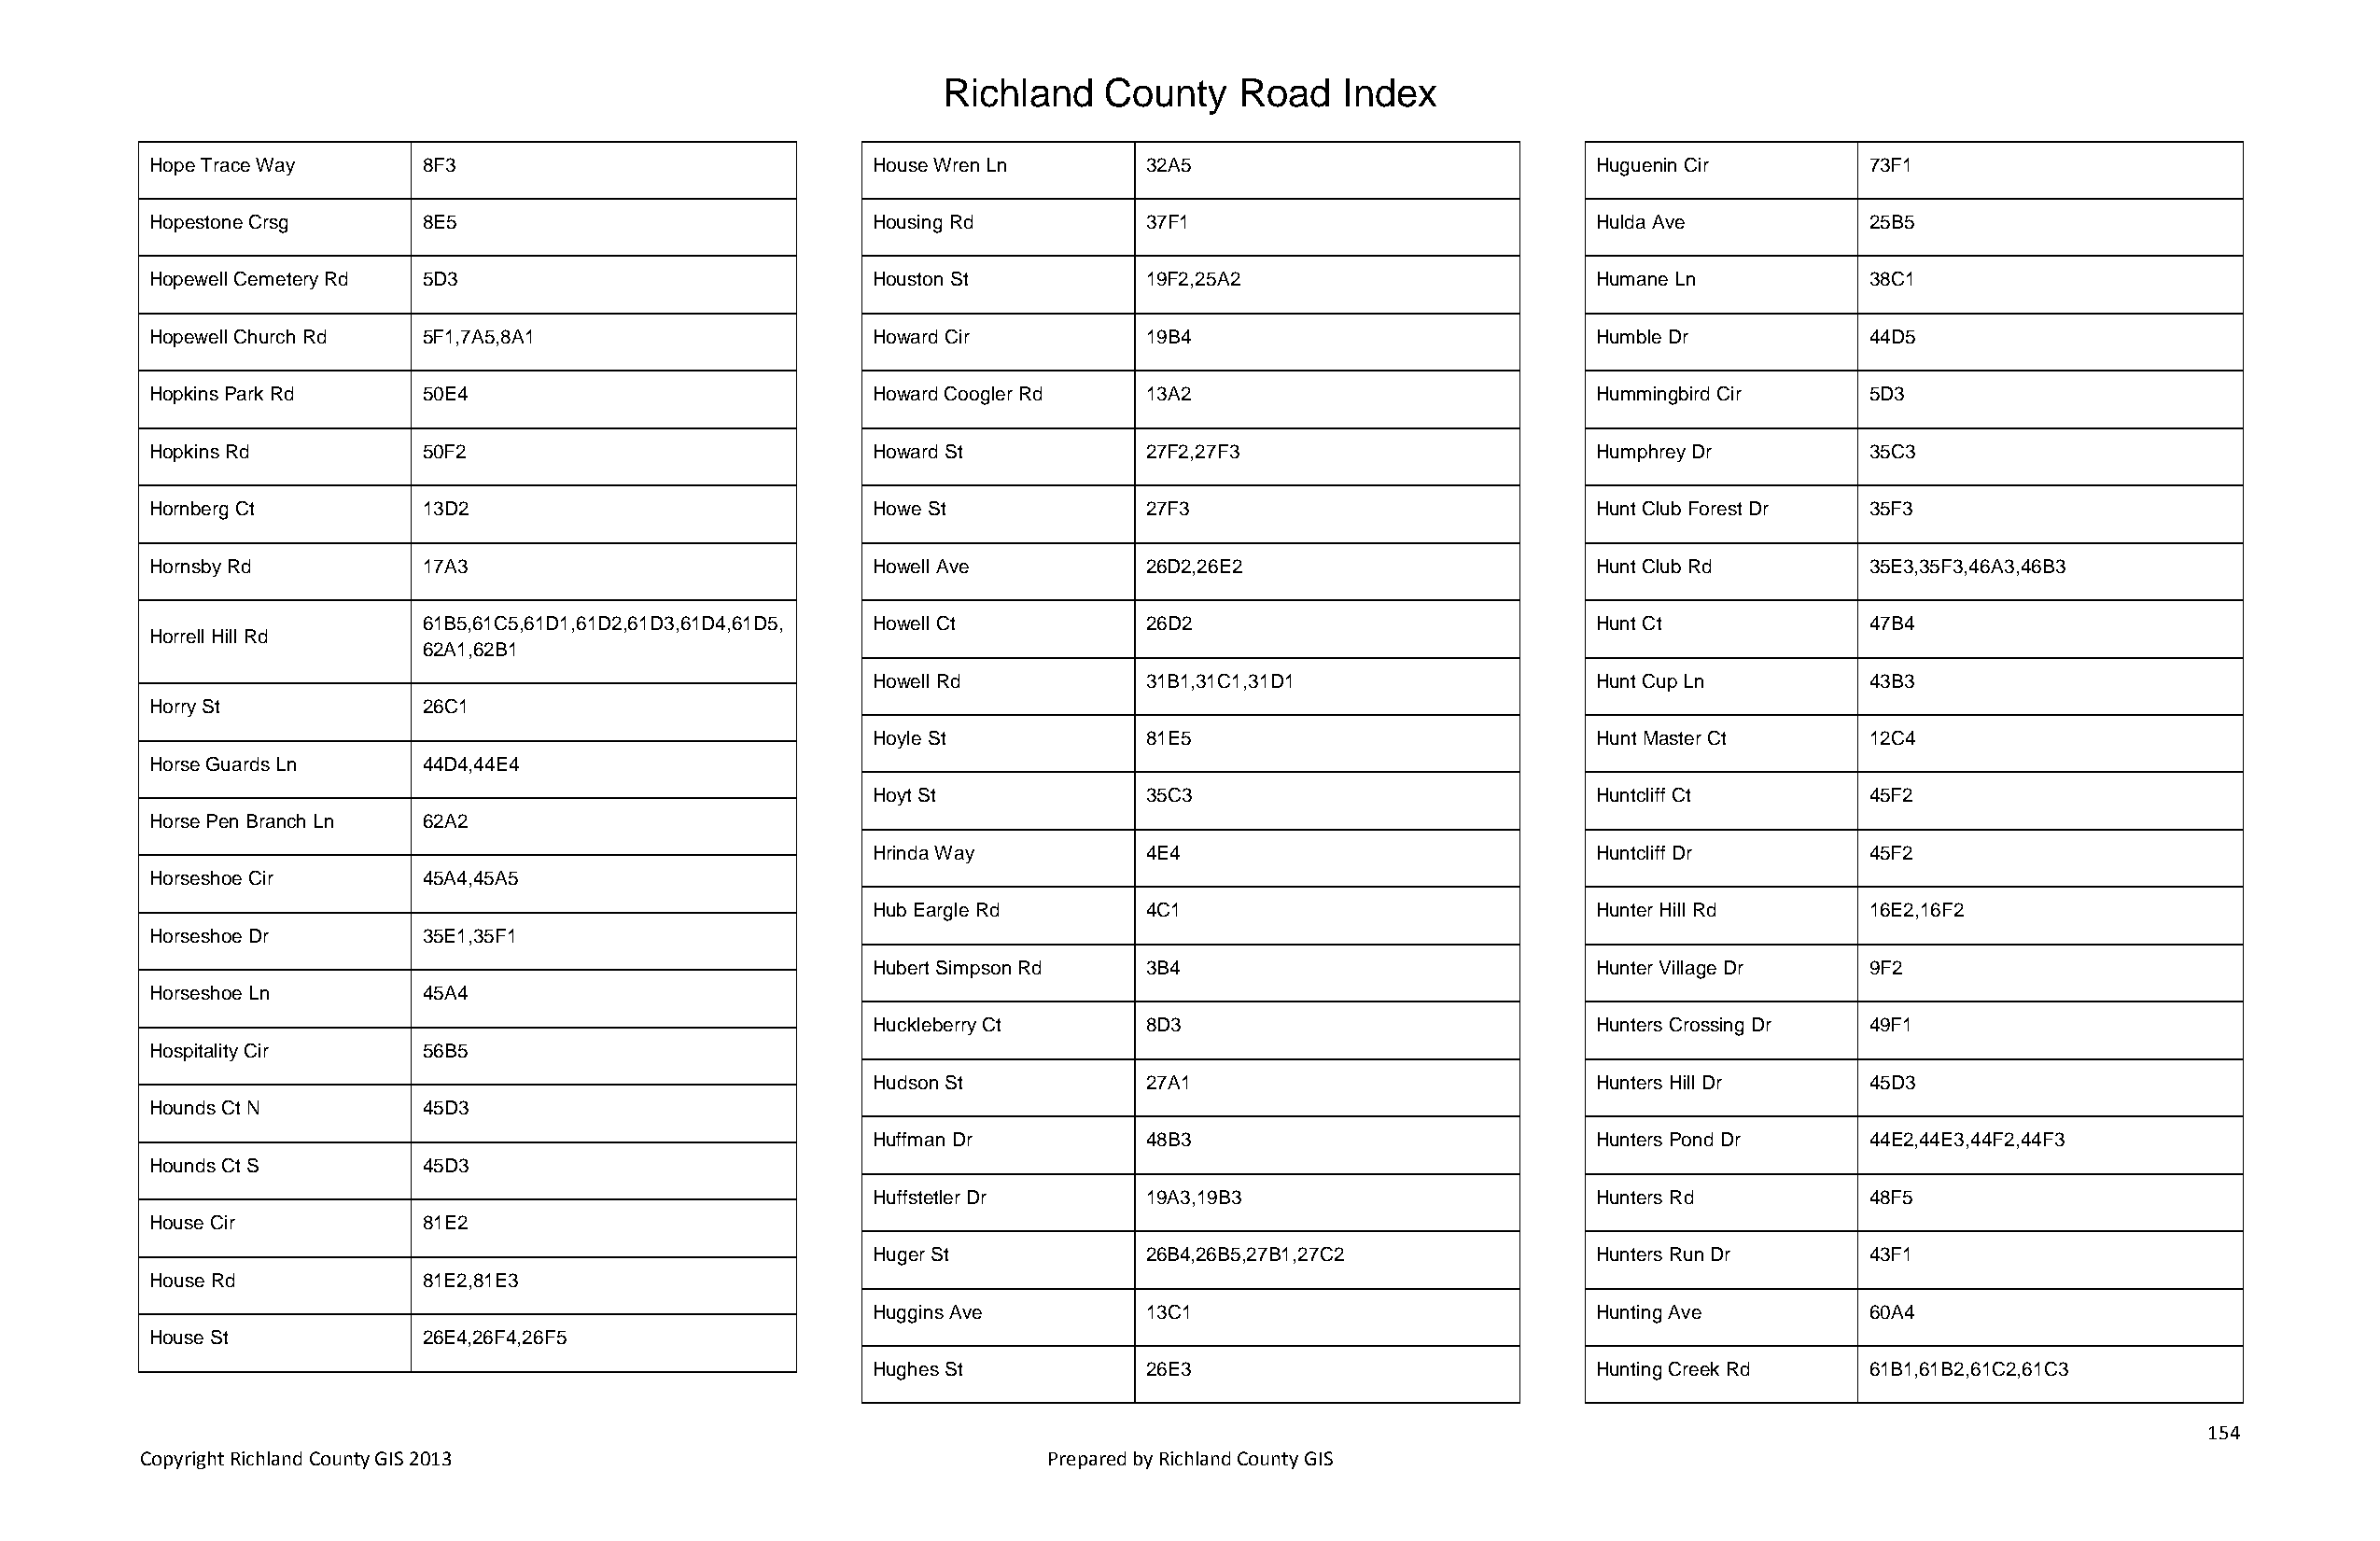
Richland   County    Road   Index
 Hope Trace Way     8F3                             House Wren Ln      32A5                            Huguenin Cir        73F1
 Hopestone Crsg     8E5                             Housing Rd         37F1                            Hulda Ave           25B5
 Hopewell Cemetery Rd 5D3                           Houston St         19F2,25A2                       Humane Ln           38C1
 Hopewell Church Rd 5F1,7A5,8A1                     Howard Cir         19B4                            Humble Dr           44D5
 Hopkins Park Rd    50E4                            Howard Coogler Rd  13A2                            Hummingbird Cir     5D3
 Hopkins Rd         50F2                            Howard St          27F2,27F3                       Humphrey Dr         35C3
 Hornberg Ct        13D2                            Howe St            27F3                            Hunt Club Forest Dr 35F3
 Hornsby Rd         17A3                            Howell Ave         26D2,26E2                       Hunt Club Rd        35E3,35F3,46A3,46B3
 61B5,61C5,61D1,61D2,61D3,61D4,61D5, Howell Ct      26D2                            Hunt Ct             47B4
 Horrell Hill Rd
 62A1,62B1
 Howell Rd          31B1,31C1,31D1                  Hunt Cup Ln         43B3
 Horry St           26C1
 Hoyle St           81E5                            Hunt Master Ct      12C4
 Horse Guards Ln    44D4,44E4
 Hoyt St            35C3                            Huntcliff Ct        45F2
 Horse Pen Branch Ln 62A2
 Hrinda Way         4E4                             Huntcliff Dr        45F2
 Horseshoe Cir      45A4,45A5
 Hub Eargle Rd      4C1                             Hunter Hill Rd      16E2,16F2
 Horseshoe Dr       35E1,35F1
 Hubert Simpson Rd  3B4                             Hunter Village Dr   9F2
 Horseshoe Ln       45A4
 Huckleberry Ct     8D3                             Hunters Crossing Dr 49F1
 Hospitality Cir    56B5
 Hudson St          27A1                            Hunters Hill Dr     45D3
 Hounds Ct N        45D3
 Huffman Dr         48B3                            Hunters Pond Dr     44E2,44E3,44F2,44F3
 Hounds Ct S        45D3
 Huffstetler Dr     19A3,19B3                       Hunters Rd          48F5
 House Cir          81E2
 Huger St           26B4,26B5,27B1,27C2             Hunters Run Dr      43F1
 House Rd           81E2,81E3
 Huggins Ave        13C1                            Hunting Ave         60A4
 House St           26E4,26F4,26F5
 Hughes St          26E3                            Hunting Creek Rd    61B1,61B2,61C2,61C3
 154
 Copyright Richland County GIS 2013                              Prepared by Richland County GIS